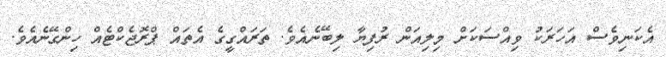
އެކަނިވެސް އަހަރަކު ވިއްސަކަށް މިލިއަން ރުފިޔާ ލިބޭނެއެވެ. ތަރައްގީގެ އެތައް ޕްރޮޖެކްޓެއް ހިންގޭނެއެވެ.